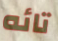
تائه